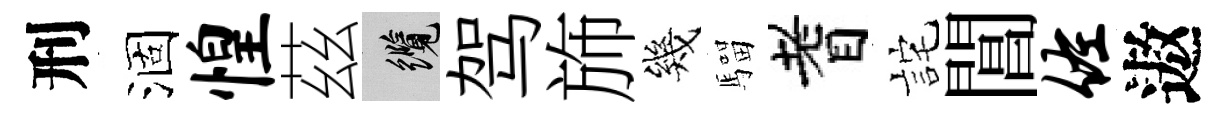
刑涸惶茲纜驾斾幾騮耆詫閶佐遨